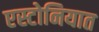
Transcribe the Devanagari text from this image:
एस्टोनियात